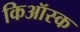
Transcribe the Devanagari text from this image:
किऑस्क